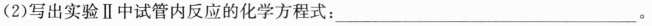
(2)写出实验Ⅱ中试管内反应的化学方程式：___ 。